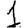
Digit: 1